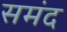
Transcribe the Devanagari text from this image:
समंद